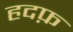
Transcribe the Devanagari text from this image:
हदफ़